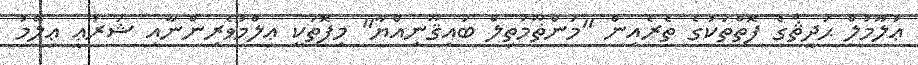
ޢުލޫމުލް ޙަދީޘްގެ ފޮތްތަކުގެ ތެރެއިން "މަންޡޫމަތިލް ބައިޤޫނިއްޔާ" މިފޮތަކީ ޢިލްމުވެރިންނާއި ޝަރުޢީ ޢިލްމު